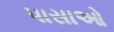
પાસાઓ